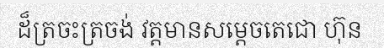
ដ៏ត្រចះត្រចង់ វត្តមានសម្តេចតេជោ ហ៊ុន